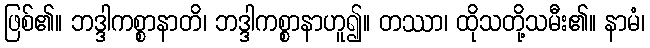
ဖြစ်၏။ ဘဒ္ဒါကစ္စာနာတိ၊ ဘဒ္ဒါကစ္စာနာဟူ၍။ တဿာ၊ ထိုသတို့သမီး၏။ နာမံ၊